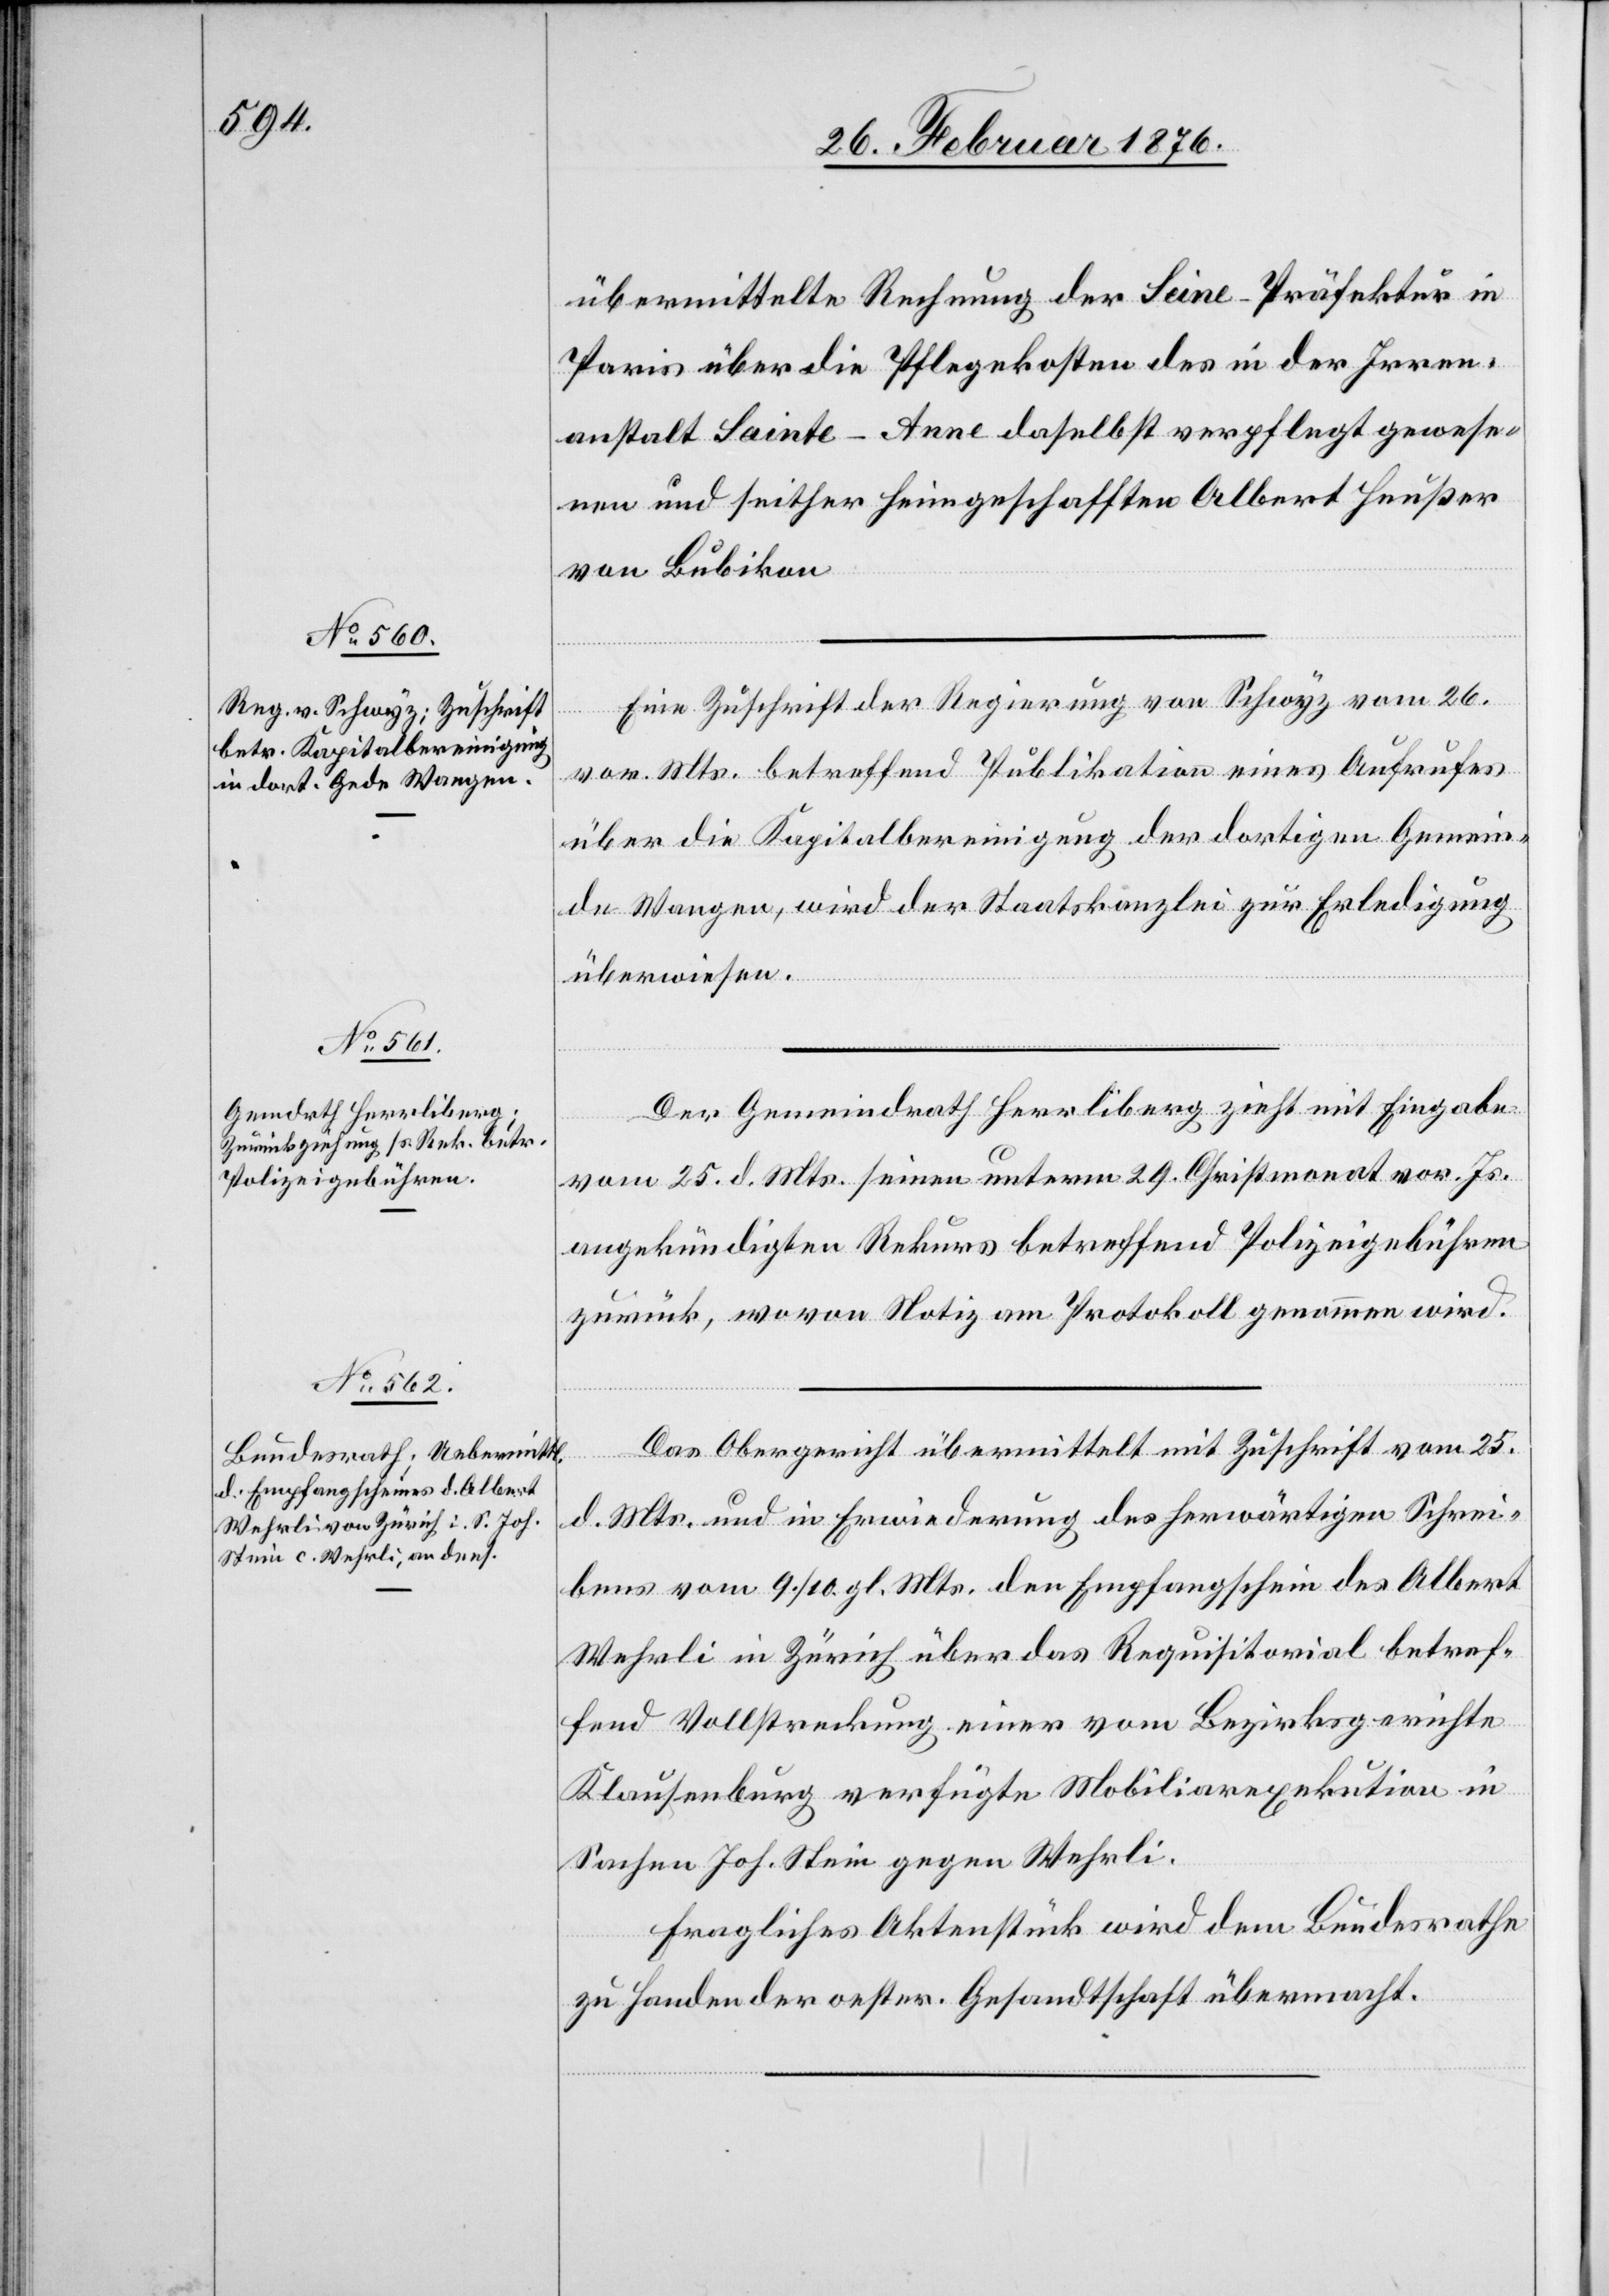
29. Februar 1876.]
übermittelte Rechnung der Seine-Präfektur in
Paris über die Pflegekosten des in der Irren¬
anstalt Sainte-Anne daselbst verpflegt gewese¬
nen und seither heimgeschafften Albert Heußer
von Bubikon.
Eine Zuschrift der Regierung von Schwyz vom 26.
vor. Mts. betreffend Publikation eines Aufrufes
über die Kapitalbereinigung der dortigen Gemein¬
de Wangen, wird der Staatskanzlei zur Erledigung
überwiesen.
Der Gemeindrath Herrliberg zieht mit Eingabe
vom 25. d. Mts. seinen unterm 29. Christmonat vor. Js.
angekündigten Rekurs betreffend Polizeigebühren
zurück, wovon Notiz am Protokoll genommen wird.
Das Obergericht übermittelt mit Zuschrift vom 25.
d. Mts und in Erwiederung des herwärtigen Schrei¬
bens vom 9./10. d. Mts. den Empfangschein des Albert
Wehrli in Zürich über das Requisitorial betref¬
fend Vollstreckung einer vom Bezirksgerichte
Klausenburg verfügte Mobiliarexekution in
Sachen Joh. Stein gegen Wehrli.
Fragliches Aktenstück wird dem Bundesrathe
zu Handen der oester. Gesandtschaft übermacht.